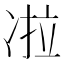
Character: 𰄀